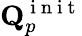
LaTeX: \mathbf{Q}_{p}^{\mathrm{~i~n~i~t~}}